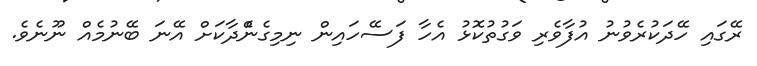
ރޭގައި ހޭދަކުރެވުނު އުފާވެރި ވަގުތުކޮޅު އެހާ ފަސޭހައިން ނިމިގެނެްދާކަށް އޭނަ ބޭނުމެއް ނޫނެވެ.